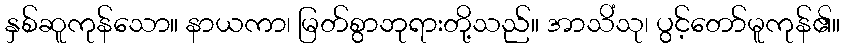
နှစ်ဆူကုန်သော။ နာယကာ၊ မြတ်စွာဘုရားတို့သည်။ အာသိံသု၊ ပွင့်တော်မူကုန်၏။